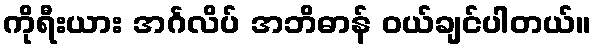
ကိုရီးယား အင်္ဂလိပ် အဘိဓာန် ဝယ်ချင်ပါတယ်။